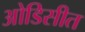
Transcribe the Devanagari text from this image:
ओडिसीत